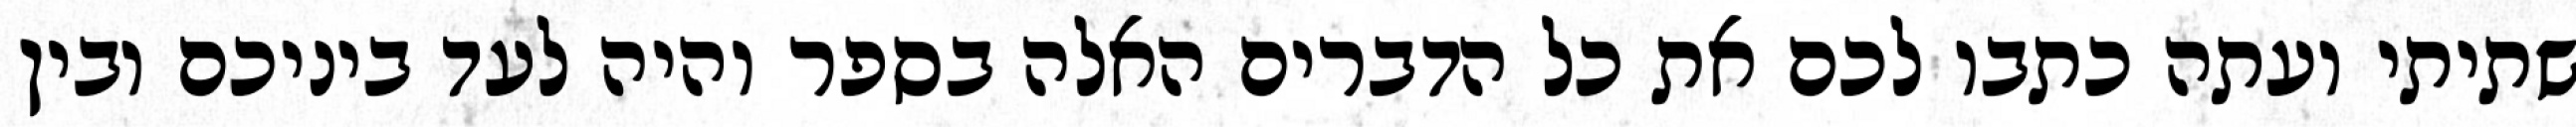
שתיתי ועתה כתבו לכם את כל הדברים האלה בספר והיה לעד ביניכם ובין